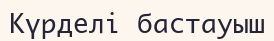
Күрделі бастауыш